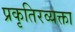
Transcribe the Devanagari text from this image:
प्रकृतिरव्यक्ता